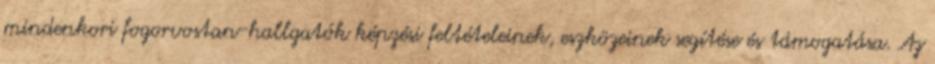
mindenkori fogorvostan-hallgatók képzési feltételeinek, eszközeinek segítése és támogatása. Az